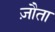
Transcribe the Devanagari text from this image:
ज़ौता